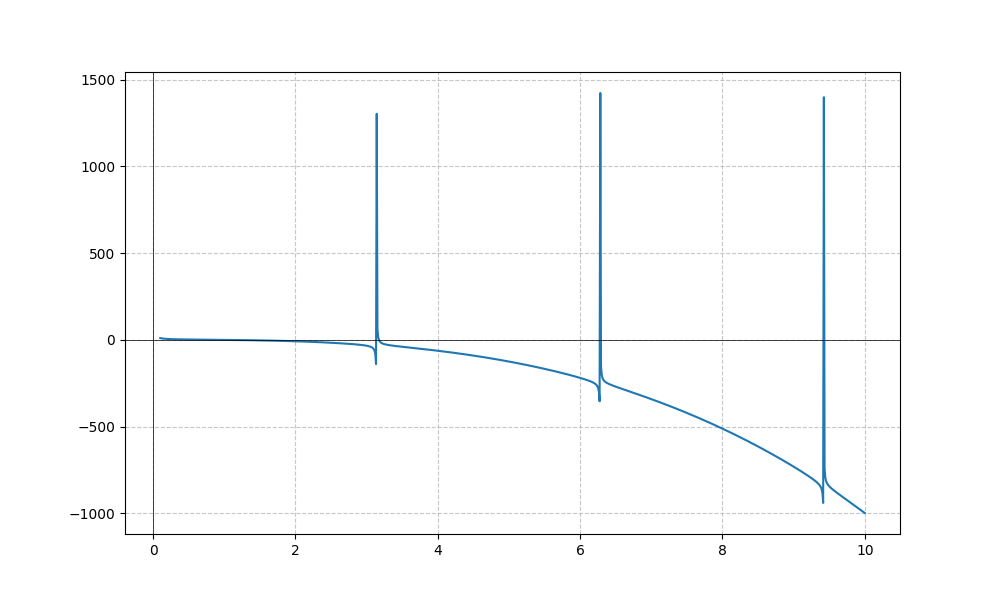
LaTeX formula: - x^{3} + \cot{\left(x \right)}